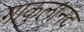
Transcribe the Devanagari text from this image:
गाकुलानंद